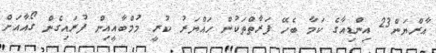
އާރްޔަން23 އިންޑިއާގެ ކަމާ ބެހޭ ފަރާތްތަކުން ހައްޔަރު ކުރީ މުމްބާއީއިން ފުރައިގެން ގޯއާއަށް